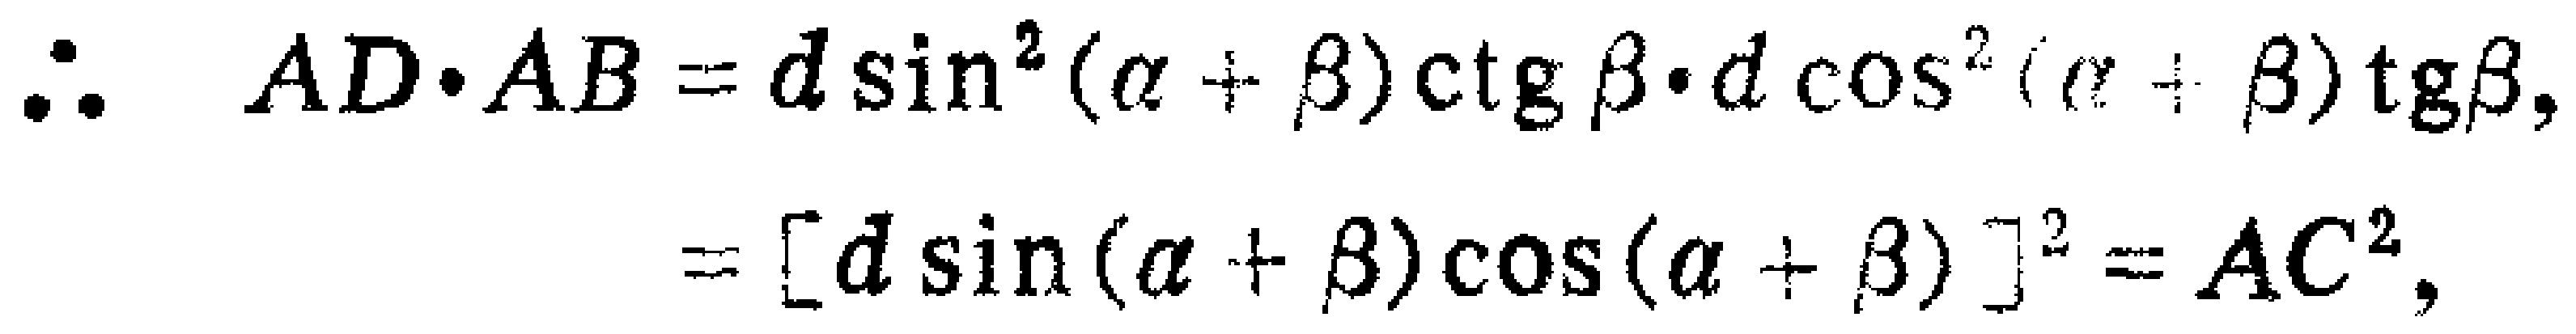
\(\therefore AD\cdot AB = d\sin^{2}(\alpha + \beta)\operatorname{ctg}\beta\cdot d\cos^{2}(\alpha + \beta)\operatorname{tg}\beta,\\
= [d\sin(\alpha + \beta)\cos(\alpha + \beta)]^{2}=AC^{2},\)